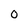
Character: 0